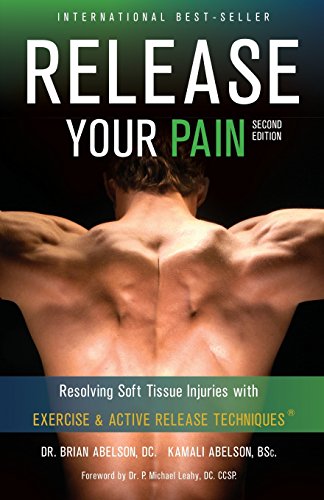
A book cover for Release Your Pain - Resolving Soft Tissue Injuries with Exercise and Active Release Techniques; Brian James Abelson; Medical Books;